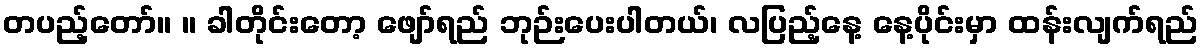
တပည့်တော်။ ။ ခါတိုင်းတော့ ဖျော်ရည် ဘုဉ်းပေးပါတယ်၊ လပြည့်နေ့ နေ့ပိုင်းမှာ ထန်းလျက်ရည်